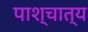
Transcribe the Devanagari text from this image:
पाश्‍चात्‍य